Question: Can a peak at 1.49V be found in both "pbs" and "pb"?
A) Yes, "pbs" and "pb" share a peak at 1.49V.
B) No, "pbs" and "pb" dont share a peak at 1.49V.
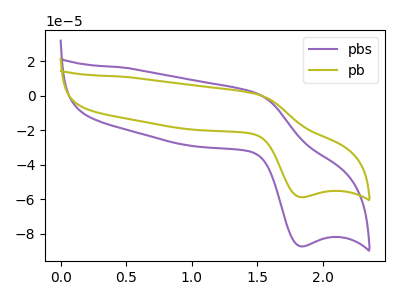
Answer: <think>The purple curve "pbs" has an anodic peak at (1.50V, 1.60uA) and a cathodic peak at (1.85V, -87.45uA). The olive curve "pb" has an anodic peak at (1.50V, 1.10uA) and a cathodic peak at (1.85V, -58.90uA).</think>
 <answer>A) Yes, "pbs" and "pb" share a peak at 1.49V.</answer>
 <eval>A</eval>